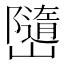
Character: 𭗱